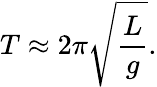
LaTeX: T\approx 2\pi{\sqrt{\frac{L}{g}}}.